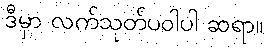
ဒီမှာ လက်သုတ်ပဝါပါ ဆရာ။